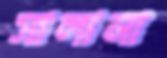
সালানা